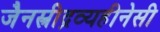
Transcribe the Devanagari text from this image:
जैनस्त्रीद्रव्यहीनेसी